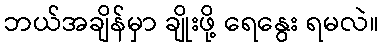
ဘယ်အချိန်မှာ ချိုးဖို့ ရေနွေး ရမလဲ။